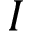
I